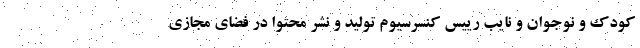
کودک و نوجوان و نایب رییس کنسرسیوم تولید و نشر محتوا در فضای مجازی